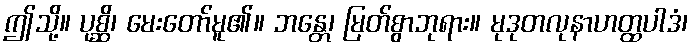
ဤသို့။ ပုစ္ဆိ၊ မေးတော်မူ၏။ ဘန္တေ၊ မြတ်စွာဘုရား။ မုဒုတလုနာဟတ္ထပါဒံ၊